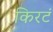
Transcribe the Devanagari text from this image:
किरटं